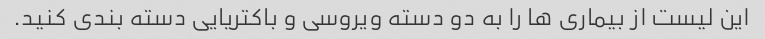
این لیست از بیماری ها را به دو دسته ویروسی و باکتریایی دسته بندی کنید.